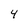
Character: 4